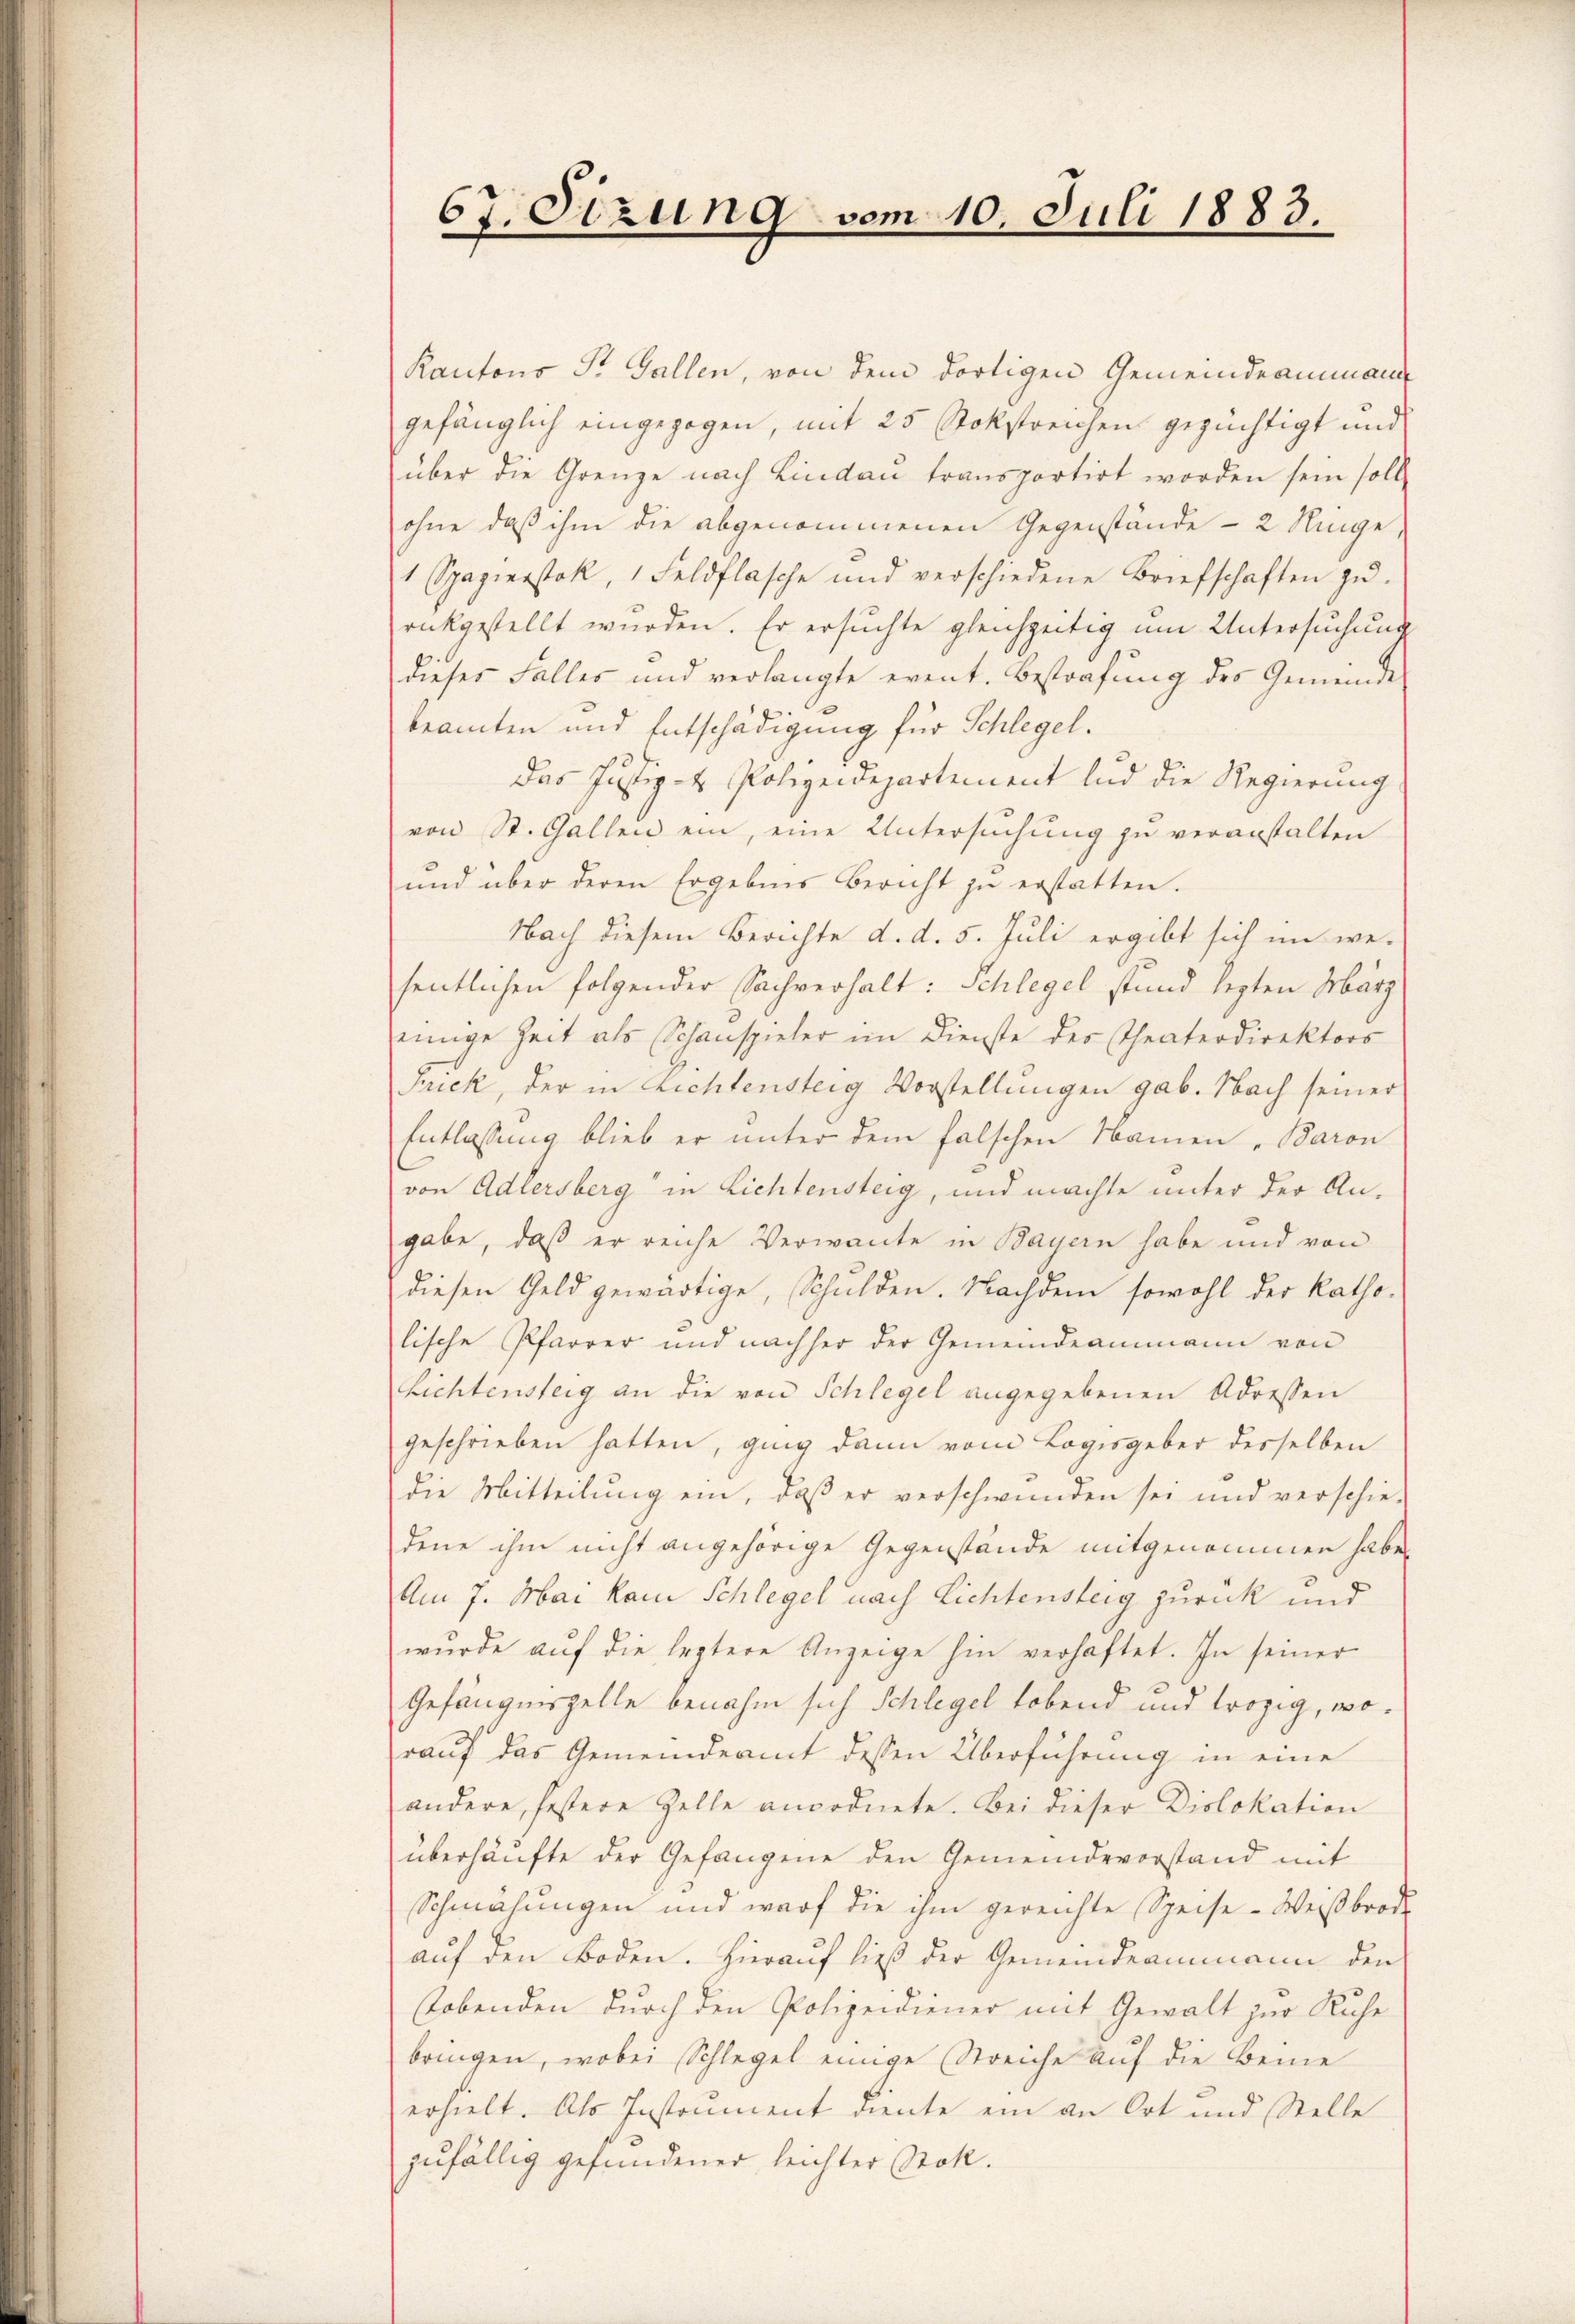
67. Sizung vom 10. Juli 1883.

Kantons St. Gallen, von dem dortigen Gemeindeammann
gefänglich eingezogen, mit 25 Stokstreichen gezüchtigt und
über die Grenze nach Lindau transportirt worden sein soll
ohne daß ihm die abgenommenen Gegenstände - 2 Nige
1 Spazierstok, 1 Feldflasche und verschiedene Briefschaften zŭ-
rückgestellt wurden. Er ersuchte gleichzeitig um Untersuchung
dieses Falles und verlangte event. Bestrafung des Gemeinde
beamten und Entschädigung für Schlegel.
Das Justiz- & Polizeidepartement und die Regierung
von St. Gallen ein, eine Untersuchung zu veranstalten
und über deren Ergebnis bericht zu erstatten.
Nach diesem Berichte d. d. 5. Juli ergibt sich im we-
sentlichen folgender Sachverhalt: Schlegel stand lezten März
einige Zeit als Schanspieler im Dienste der Theaterdirektors
Jick, der in Lichtensteig Vorstellungen gab. Nach seiner
Entlassung blieb er unter dem falschen Namen „Baron
von Adlersberg in Lichtensteig, und machte unter der An-
gabe, daß er reiche Verwante in Bayern habe und von
diesen Geld gewärtige, Schulden. Nachdem sowohl der Katho-
lische Pfarrer und nachher der Gemeindeammann von
Lichtensteig an die von Schlegel angegebenen Adressen
geschrieben hatten, ging dann vom Logisgeber desselben
die Mitteilung ein, daß er verschwunden sei und verschie-
dene ihm nicht angehörige Gegenstände mitgenommen habe,
Am 7. Mai kam Schlegel nach Lichtensteig zurück und
wurde auf die leztere Anzeige hin verhaftet. In seiner
Gefängniszelle benahm sich Schlegel habend und trozig, worauf das Gemeindeamt dessen Überführung in eine
andere, festere Zelle anordnete. Bei dieser Dislokation
überhäufte der Gefangene den Gemeindevorstand mit
Schmähungen und warf die ihm gereichte Speise- Weißbrode
auf den Boden. Hierauf ließ der Gemeindeammann den
lobenden durch den Polizeidiener mit Gewalt zur Ruhe
bringen, wobei Schlegel einige Streiche auf die Beine
erhielt. Als Instrument diente ein an Ort und Stelle
zufällig gefundener, leichter Stok.